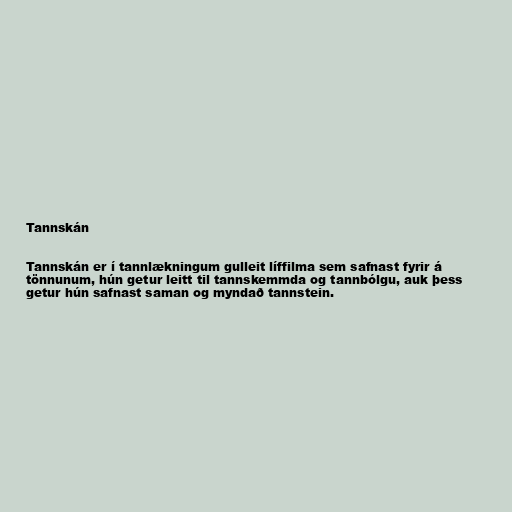
Tannskán

Tannskán er í tannlækningum gulleit líffilma sem safnast fyrir á
tönnunum, hún getur leitt til tannskemmda og tannbólgu, auk þess
getur hún safnast saman og myndað tannstein.